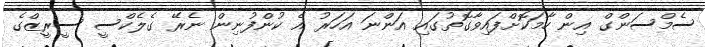
ސެމްސަންގް އިން ހާމަކޮށްފައިވާގޮތުގައި އަންނަ އަހަރު އެ ކުންފުނިން ނެރޭ ގެލެކްސީ ސީރީޒްގެ